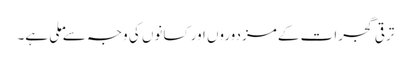
ترقی گجرات کے مزدوروں اور کسانوں کی وجہ سے ملی ہے۔